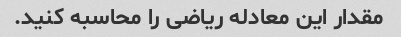
مقدار این معادله ریاضی را محاسبه کنید.